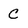
Character: C